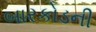
બારકોડની